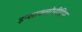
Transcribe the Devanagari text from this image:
इन्साक्लोपीड़िया